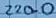
Text: 220.0